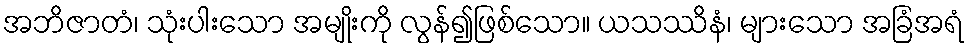
အဘိဇာတံ၊ သုံးပါးသော အမျိုးကို လွန်၍ဖြစ်သော။ ယသဿိနံ၊ များသော အခြံအရံ